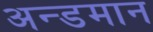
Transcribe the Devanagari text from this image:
अन्डमान